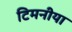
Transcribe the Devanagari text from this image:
टिमनीया